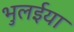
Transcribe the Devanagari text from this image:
भुलईया